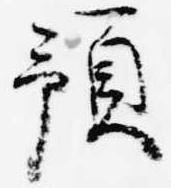
預